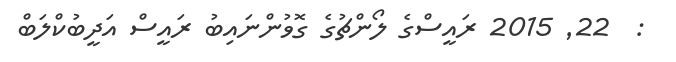
:  22